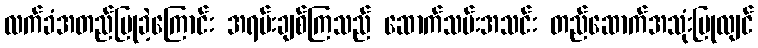
လက်ခံအတည်ပြုခဲ့ကြောင်း အရမ်းချစ်ကြသည် ဆောက်သမ်းအသင်း တည်ဆောက်အသုံးပြုလျင်